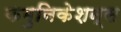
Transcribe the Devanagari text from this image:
कमुनिकेशन्स